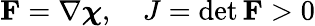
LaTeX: {\mathbf F}=\nabla\boldsymbol{\chi},\quad J=\operatorname*{det}{\mathbf F}>0